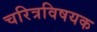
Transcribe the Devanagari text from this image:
चरित्रविषयक